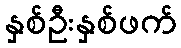
နှစ်ဦးနှစ်ဖက်